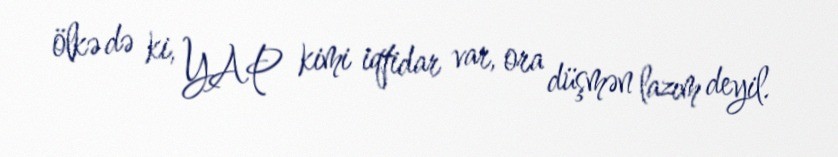
ölkə də ki, YAP kimi iqtidar var, ora düşmən lazım deyil.